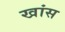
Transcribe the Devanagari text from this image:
खांस